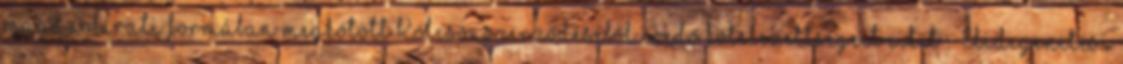
magánokirati formában megkötött Kölcsönszerződéséből eredő kötelezettségeit eiket . Elidegenítési